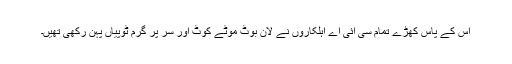
اس کے پاس کھڑے تمام سی آئی اے اہلکاروں نے لان بوٹ موٹے کوٹ اور سر پر گرم ٹوپیاں پہن رکھی تھیں۔